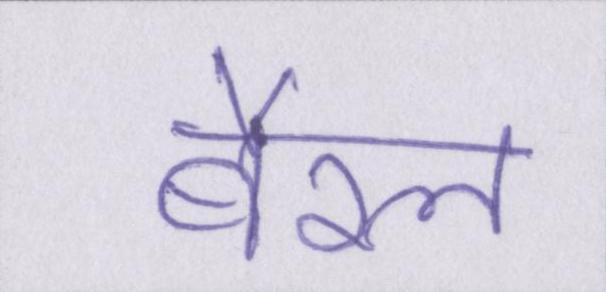
बैरल